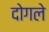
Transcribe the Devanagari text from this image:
दोगले